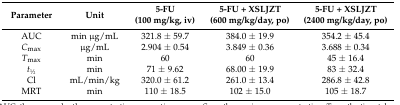
| Parameter | Unit | 5-FU(100 mg/kg, iv) | 5-FU + XSLJZT(600 mg/kg/day, po) | 5-FU + XSLJZT(2400 mg/kg/day, po) |
 | --- | --- | --- | --- | --- |
 | AUC | min μg/mL | 321.8 ± 59.7 | 384.0 ± 19.9 | 354.2 ± 45.4 |
 | Cmax | μg/mL | 2.904 ± 0.54 | 3.849 ± 0.36 | 3.688 ± 0.34 |
 | Tmax | min | 60 | 60 | 45 ± 16.4 |
 | t1⁄2 | min | 71 ± 9.62 | 68.00 ± 19.9 | 83 ± 32.4 |
 | Cl | mL/min/kg | 320.0 ± 61.2 | 261.0 ± 13.4 | 286.8 ± 42.8 |
 | MRT | min | 110 ± 18.5 | 102 ± 15.0 | 105 ± 18.7 |